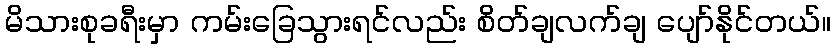
မိသားစုခရီးမှာ ကမ်းခြေသွားရင်လည်း စိတ်ချလက်ချ ပျော်နိုင်တယ်။